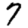
Digit: 7